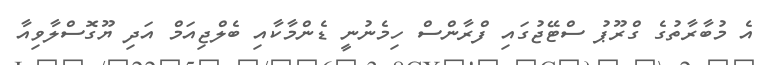
އެ މުބާރާތުގެ ގްރޫޕު ސްޓޭޖުގައި ފްރާންސް ހިމެނުނީ ޑެންމާކާއި ބެލްޖިއަމް އަދި ޔޫގޮސްލާވިއާ